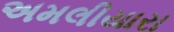
અમલીયારા